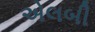
એલબી